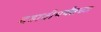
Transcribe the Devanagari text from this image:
दहावीपर्यंतच्या